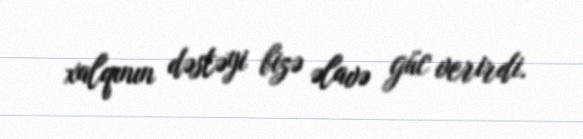
xalqının dəstəyi bizə əlavə güc verirdi.